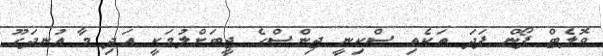
ވޮލެޓް ފޯން ފަދަ ތަކެތި ސްކިނީ ޖިންސްގެ ޖީބަށްލުމަކީ އަދި މާ އުނދަގޫ